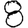
Digit: 8